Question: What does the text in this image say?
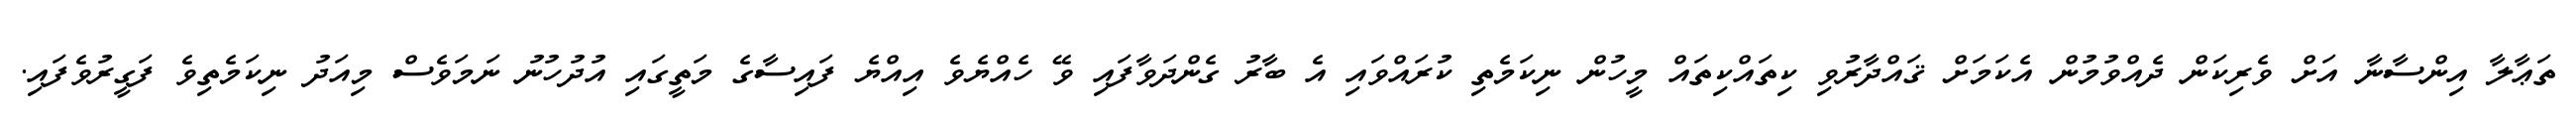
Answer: ތަޢާލާ އިންސާނާ އަށް ވެރިކަން ދެއްވުމުން އެކަމަށް ޤައްދާރުވި ކިތައްކިތައް މީހުން ނިކަމެތި ކުރައްވައި އެ ބާރު ގެންދަވާފައި ވޭ ހެއްޔެވެ އިއްޔެ ފައިސާގެ މަތީގައި އުދުހުނު ނަމަވެސް މިއަދު ނިކަމެތިވެ ފަގީރުވެފައި.